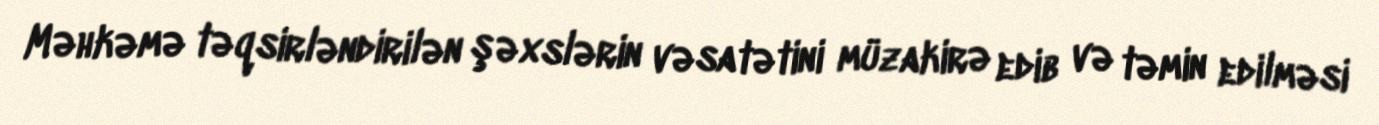
Məhkəmə təqsirləndirilən şəxslərin vəsatətini müzakirə edib və təmin edilməsi